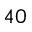
^ { 4 0 }